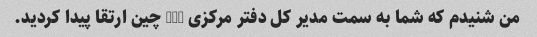
من شنیدم که شما به سمت مدیر کل دفتر مرکزی ibm چین ارتقا پیدا کردید.